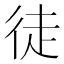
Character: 徒